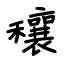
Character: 穰